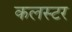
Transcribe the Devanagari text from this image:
कलस्टर